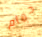
حمام